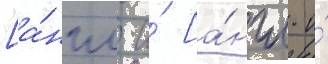
[а́нгл. и́ [а́нгл. и́